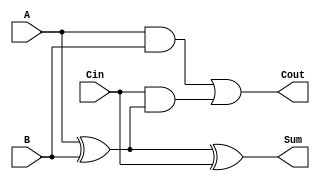
module FullAdder (
    input wire A,      // First input bit
    input wire B,      // Second input bit
    input wire Cin,    // Carry-in bit
    output wire Sum,   // Sum output
    output wire Cout   // Carry-out output
);

// Intermediate signals
wire AB;        // Intermediate signal for A AND B
wire A_xor_B;  // Intermediate signal for A XOR B

// Logic for Sum
assign A_xor_B = A ^ B;      // First XOR gate: A XOR B
assign Sum = A_xor_B ^ Cin;  // Second XOR gate: (A XOR B) XOR Cin

// Logic for Cout
assign AB = A & B;                    // First AND gate: A AND B
assign Cout = AB | (Cin & A_xor_B);  // OR gate: Cout = (A AND B) OR (Cin AND (A XOR B))

endmodule